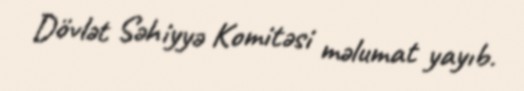
Dövlət Səhiyyə Komitəsi məlumat yayıb.